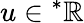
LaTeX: u\in{}^{\ast}\mathbb{R}